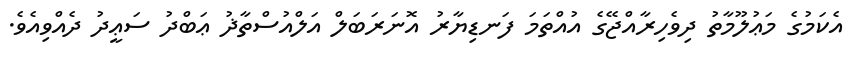
އެކަމުގެ މަޢުލޫމާތު ދިވެހިރާއްޖޭގެ އުއްތަމަ ފަނޑިޔާރު އޮނަރަބަލް އަލްއުސްތާޛު ޢަބްދު ސަޢީދު ދެއްވިއެވެ.